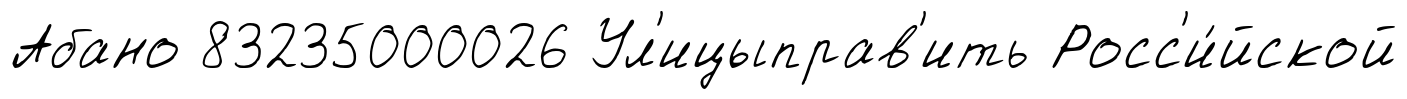
Абано 83235000026 Ул'ицыправ'ить Росс'и́йской